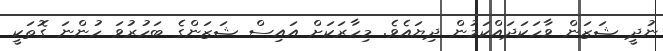
ނުދީ ޝަޒަން ވާހަކަދައްކަމުން ދިޔައެވެ. މިހާރަކަށް އައިސް ޝަޒަންގެ ބަހުރުވަ ހުންނަ ގޮތަކީ